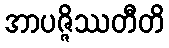
အာပဇ္ဇိဿတီတိ